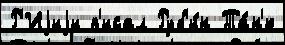
Р'Иjиjи п'исал Руб'и́н Та́н'ю